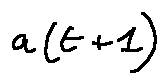
a ( t + 1 )